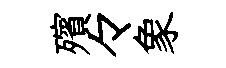
殯々象